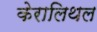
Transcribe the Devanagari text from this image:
केरालिथल